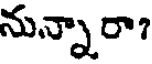
నున్నారా?